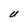
Character: U